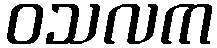
ဝသလက